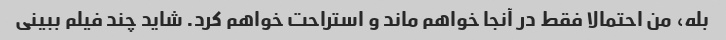
بله، من احتمالا فقط در آنجا خواهم ماند و استراحت خواهم کرد. شاید چند فیلم ببینی